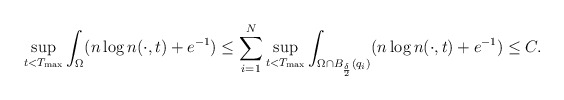
\begin{align*}\sup_{t<T_{\rm max}} \int_{\Omega } (n\log n(\cdot,t)+e^{-1}) \le \sum_{i=1}^{N}\sup_{t<T_{\rm max}} \int_{\Omega\cap B_{\frac{\delta}{2}}(q_{i})} (n\log n(\cdot,t)+e^{-1})\le C.\end{align*}